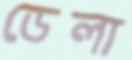
ডেলা